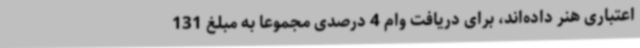
اعتباری هنر داده‌اند، برای دریافت وام 4 درصدی مجموعا به مبلغ 131